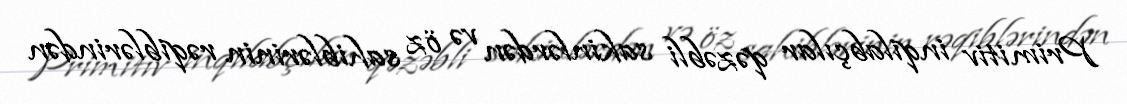
Primitiv inqilabçılar qəzəbli sakinlərdən və öz sahiblərinin rəqiblərindən